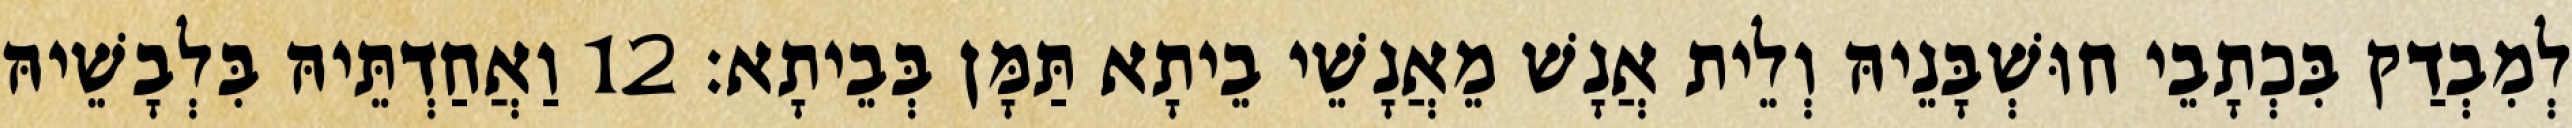
לְמִבְדַק בִּכְתָבֵי חוּשְׁבָּנֵיהּ וְלֵית אֲנָשׁ מֵאֲנָשֵׁי בֵיתָא תַּמָּן בְּבֵיתָא׃ 12 וַאֲחַדְתֵּיהּ בִּלְבָשֵׁיהּ